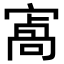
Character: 𡪝